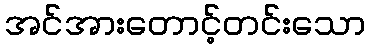
အင်အားတောင့်တင်းသော